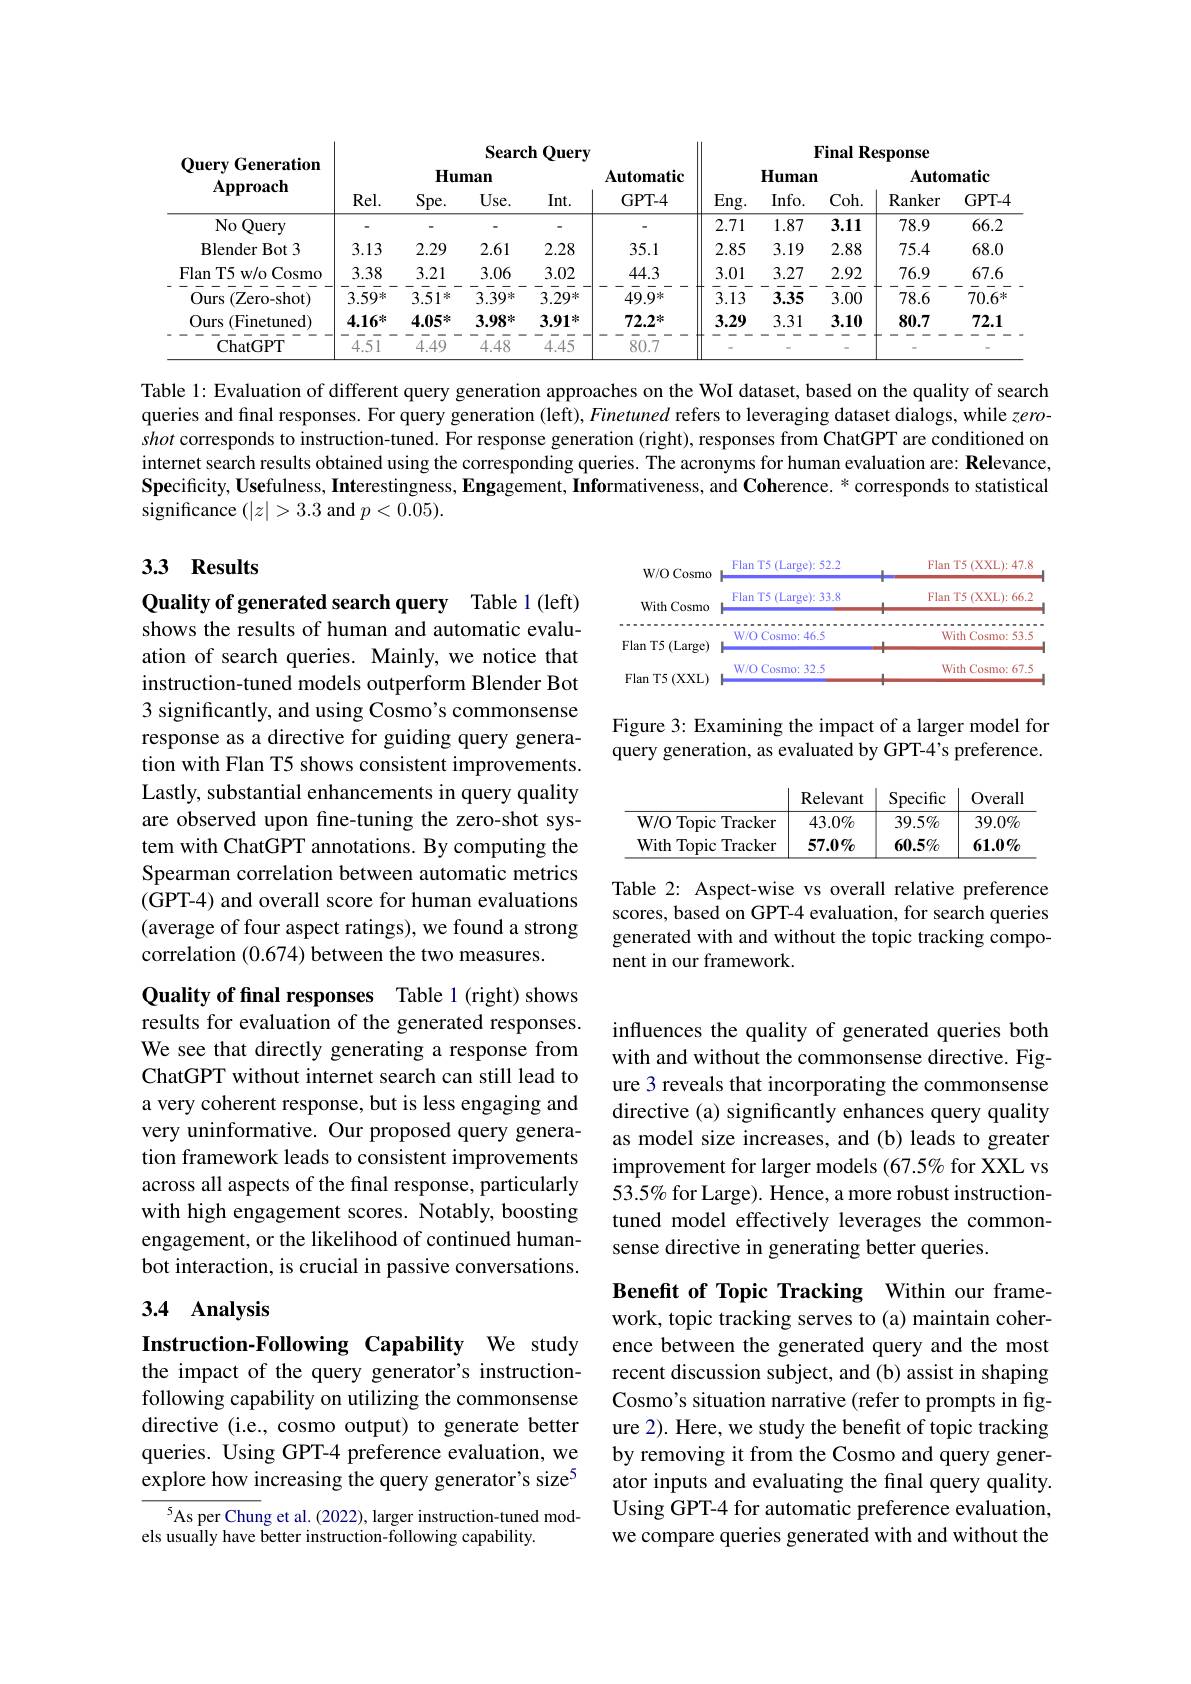
<table>
	<tbody>
		<tr>
			<th rowspan="3">Query Generation $\mathbf{Approach}$</th>
			<th colspan="5">Search $1Query$</th>
			<th colspan="5">Final Response</th>
		</tr>
		<tr>
			<th colspan="3">$\mathbf{Human}$</th>
			<th> </th>
			<th rowspan="2">Automatic GPT- 4</th>
			<th colspan="2">$\mathbf{Human}$</th>
			<th> </th>
			<th colspan="2">Automatic</th>
		</tr>
		<tr>
			<th>$Rel.$</th>
			<th>$Spe.$</th>
			<th>$Use.$</th>
			<th>Int. </th>
			<th rowspan="1">$Eng.$</th>
			<th>$Info.$</th>
			<th>Coh. </th>
			<th>Ranker</th>
			<th>GPT- 4</th>
		</tr>
		<tr>
			<td>$No($ Query</td>
			<td> </td>
			<td> </td>
			<td> </td>
			<td> </td>
			<td> </td>
			<td>2.71</td>
			<td>1.87</td>
			<td>3.11</td>
			<td>78.9</td>
			<td>66.2</td>
		</tr>
		<tr>
			<td>$\operatorname{Blender}\operatorname{Bot}3$</td>
			<td>3.13</td>
			<td>2.29</td>
			<td>2.61</td>
			<td>2.28</td>
			<td>35.1</td>
			<td>2.85</td>
			<td>3.19</td>
			<td>2.88</td>
			<td>75.4</td>
			<td>68.0</td>
		</tr>
		<tr>
			<td>Flan T5 w/o Cosmo</td>
			<td>3.38</td>
			<td>3.21</td>
			<td>3.06</td>
			<td>3.02</td>
			<td>44.3</td>
			<td>3.01</td>
			<td>3.27</td>
			<td>2.92</td>
			<td>76.9</td>
			<td>67.6</td>
		</tr>
		<tr>
			<td>Ours (Zero-shot)</td>
			<td>3.59*</td>
			<td>3.51*</td>
			<td>3.39*</td>
			<td>$3.29^{*}$</td>
			<td>49.9*</td>
			<td>3.13</td>
			<td>3.35</td>
			<td>3.00</td>
			<td>78.6</td>
			<td>$70.6^{*}$</td>
		</tr>
		<tr>
			<td>Ours (Finetuned)</td>
			<td>$4.16^*$</td>
			<td>4.05*</td>
			<td>3.98*</td>
			<td>3.91*</td>
			<td>$72.2^{*}$</td>
			<td>3.29</td>
			<td>3.31</td>
			<td>3.10</td>
			<td>80.7</td>
			<td>72.1</td>
		</tr>
		<tr>
			<td>ChatGPT</td>
			<td>4.51</td>
			<td>4.49</td>
			<td>4.48</td>
			<td>4.45</td>
			<td>80.7</td>
			<td> </td>
			<td> </td>
			<td> </td>
			<td> </td>
			<td> </td>
		</tr>
	</tbody>
</table>

Table l: Evaluation of different query generation approaches on the WoI dataset, based on the quality of search queries and final responses. For query generation (left), Finetuned refers to leveraging dataset dialogs, while zeroshot corresponds to instruction-tuned. For response generation (right), responses from ChatGPT are conditioned on internet search results obtained using the corresponding queries. The acronyms for human evaluation are: Relevance, $\textbf{Specificity, Usefulness, Interestingness, Engagement, Informativeness, and Coherence. }^*$ corresponds to statistical significance $(|z|>3.3$ and $p<0.05).$

## 3.3 Results

<table>
	<tbody>
		<tr>
			<th>W/O Cosmo</th>
			<th>Flan T5 (Large): 52.2</th>
			<th>Flan T5 (XXL):47.8</th>
		</tr>
		<tr>
			<td>With Cosmo</td>
			<td>Flan T5 (Large): 33.8</td>
			<td>Flan T5 (XXL):66.2</td>
		</tr>
		<tr>
			<td>$\operatorname{Flan}$T5(Large)</td>
			<td>W/O Cosmo: 46.5</td>
			<td>With Cosmo: 53.5</td>
		</tr>
		<tr>
			<td>Flan T5 (XXL)</td>
			<td>W/O Cosmo: 32.5</td>
			<td>With Cosmo: 67.5</td>
		</tr>
	</tbody>
</table>

## Figure 3: Examining the impact of a larger model for query generation, as evaluated by GPT-4's preference.

Quality of generated search query Table 1 (left) shows the results of human and automatic evaluation of search queries. Mainly, we notice that instruction-tuned models outperform Blender Bot 3 significantly, and using Cosmo's commonsense response as a directive for guiding query generation with Flan T5 shows consistent improvements. Lastly, substantial enhancements in query quality are observed upon fne-tuning the zero-shot system with ChatGPT annotations. By computing the Spearman correlation between automatic metrics (GPT-4) and overall score for human evaluations (average of four aspect ratings), we found a strong correlation (0.674) between the two measures.

<table>
	<tbody>
		<tr>
			<th> </th>
			<th>Relevant</th>
			<th>Specific</th>
			<th>Overall</th>
		</tr>
		<tr>
			<td>$W/0$ Topic {:}Tracker</td>
			<td>43.0%</td>
			<td>39.5%</td>
			<td>$39.0\%$</td>
		</tr>
		<tr>
			<td>With $\textbf{Topic}$ ${:\mathrm{Tracker}}$</td>
			<td>$57.0\%$</td>
			<td>$60.5\%$</td>
			<td>$61.0\%$</td>
		</tr>
	</tbody>
</table>

Table 2: Aspect-wise vs overall relative preference scores, based on GPT-4 evaluation, for search queries generated with and without the topic tracking component in our framework.

Quality of final responses Table 1 (right) shows results for evaluation of the generated responses. We see that directly generating a response from ChatGPT without internet search can still lead to a very coherent response, but is less engaging and very uninformative. Our proposed query generation framework leads to consistent improvements across all aspects of the final response, particularly with high engagement scores. Notably, boosting engagement, or the likelihood of continued humanbot interaction, is crucial in passive conversations.

influences the quality of generated queries both with and without the commonsense directive. Figure 3 reveals that incorporating the commonsense directive (a) significantly enhances query quality as model size increases, and (b) leads to greater improvement for larger models (67.5% for XXL vs 53.5% for Large). Hence, a more robust instructiontuned model effectively leverages the commonsense directive in generating better queries.

## 3.4 Analysis

Instruction-Following Capability We study the impact of the query generator's instructionfollowing capability on utilizing the commonsense directive (i.e., cosmo output) to generate better queries. Using GPT-4 preference evaluation, we explore how increasing the query generator's size$^{5}$

Benefit of Topic Tracking Within our framework, topic tracking serves to (a) maintain coherence between the generated query and the most recent discussion subject, and (b) assist in shaping Cosmo's situation narrative (refer to prompts in figure 2). Here, we study the benefit of topic tracking by removing it from the Cosmo and query generator inputs and evaluating the final query quality. Using GPT-4 for automatic preference evaluation, we compare queries generated with and without the

$^{5}$As per Chung et al. (2022), larger instruction-tuned mod-
els usually have better instruction-following capability.